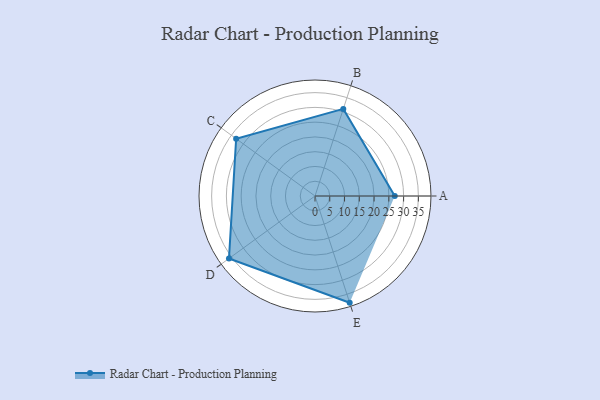
{"axis": {"x": "Skill", "y": "Score"}, "legend": ["Profile"], "data": [{"x": "A", "y": 27.0, "type": "Profile"}, {"x": "B", "y": 31.0, "type": "Profile"}, {"x": "C", "y": 33.0, "type": "Profile"}, {"x": "D", "y": 36.0, "type": "Profile"}, {"x": "E", "y": 38.0, "type": "Profile"}]}